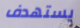
يستهدف